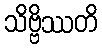
သိဗ္ဗိဿတိ